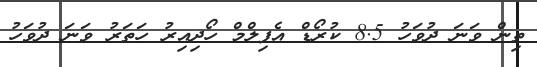
ތިން ވަނަ ދުވަހު 8.5 ކުރޯޑް އެފިލްމް ހޯދިއިރު ހަތަރު ވަނަ ދުވަހު